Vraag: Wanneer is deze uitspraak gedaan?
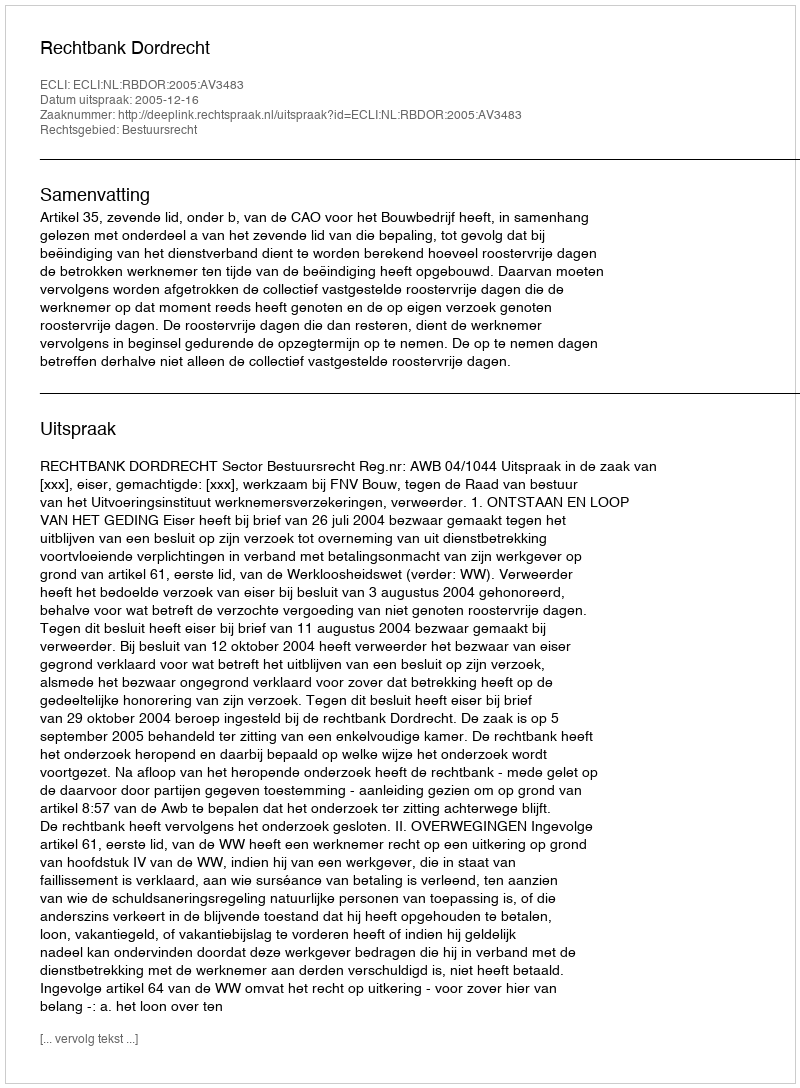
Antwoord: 2005-12-16